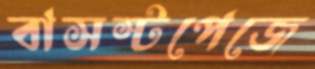
বাসস্টপেজে